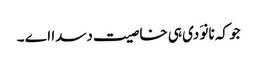
جو کہ نانوَ دی ہی خاصیت دسدا اے ۔